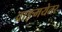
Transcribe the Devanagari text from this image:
वाङ्मयेतर